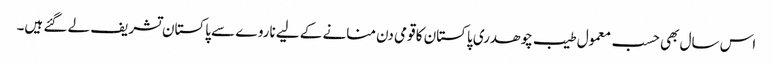
اس سال بھی حسب معمول طیب چوھدری پاکستان کا قومی دن منانے کے لیے ناروے سے پاکستان تشریف لے گئے ہیں۔